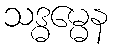
သဒ္ဓမ္မေန